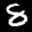
Label: 8